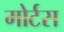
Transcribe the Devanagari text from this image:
मोर्टस